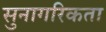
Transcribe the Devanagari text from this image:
सुनागरिकता